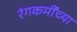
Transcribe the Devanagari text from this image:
रंगकर्मींच्या